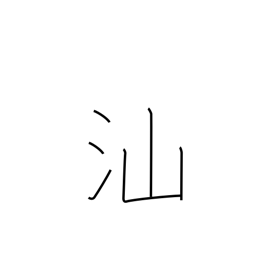
Meaning: fish swimming